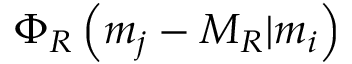
\Phi _ { R } \left( m _ { j } - M _ { R } \vert m _ { i } \right)